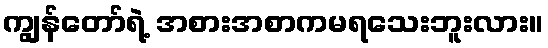
ကျွန်တော်ရဲ့ အစားအစာကမရသေးဘူးလား။